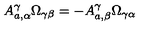
A _ { a , \alpha } ^ { \gamma } \Omega _ { \gamma \beta } = - A _ { a , \beta } ^ { \gamma } \Omega _ { \gamma \alpha }